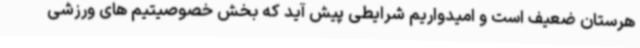
هرستان ضعیف است و امیدواریم شرایطی پیش آید که بخش خصوصیتیم های ورزشی